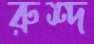
রুশ্দ